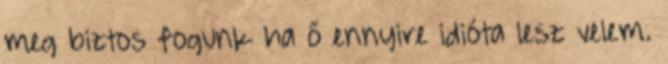
meg biztos fogunk ha ő ennyire idióta lesz velem.